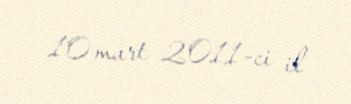
10 mart 2011-ci il